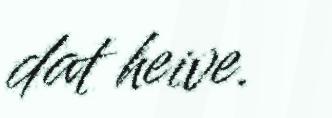
dat heive.